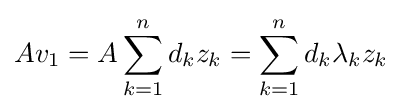
Av_{1}=A\sum _{k=1}^{n}d_{k}z_{k}=\sum _{k=1}^{n}d_{k}\lambda _{k}z_{k}